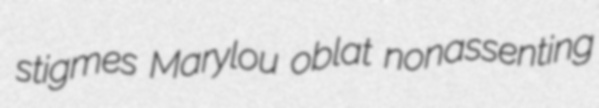
stigmes Marylou oblat nonassenting